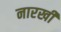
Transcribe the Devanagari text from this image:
नारखी